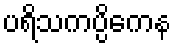
ပရိသကပ္ပိကေန